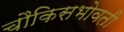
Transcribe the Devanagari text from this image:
चौकिसभोवती